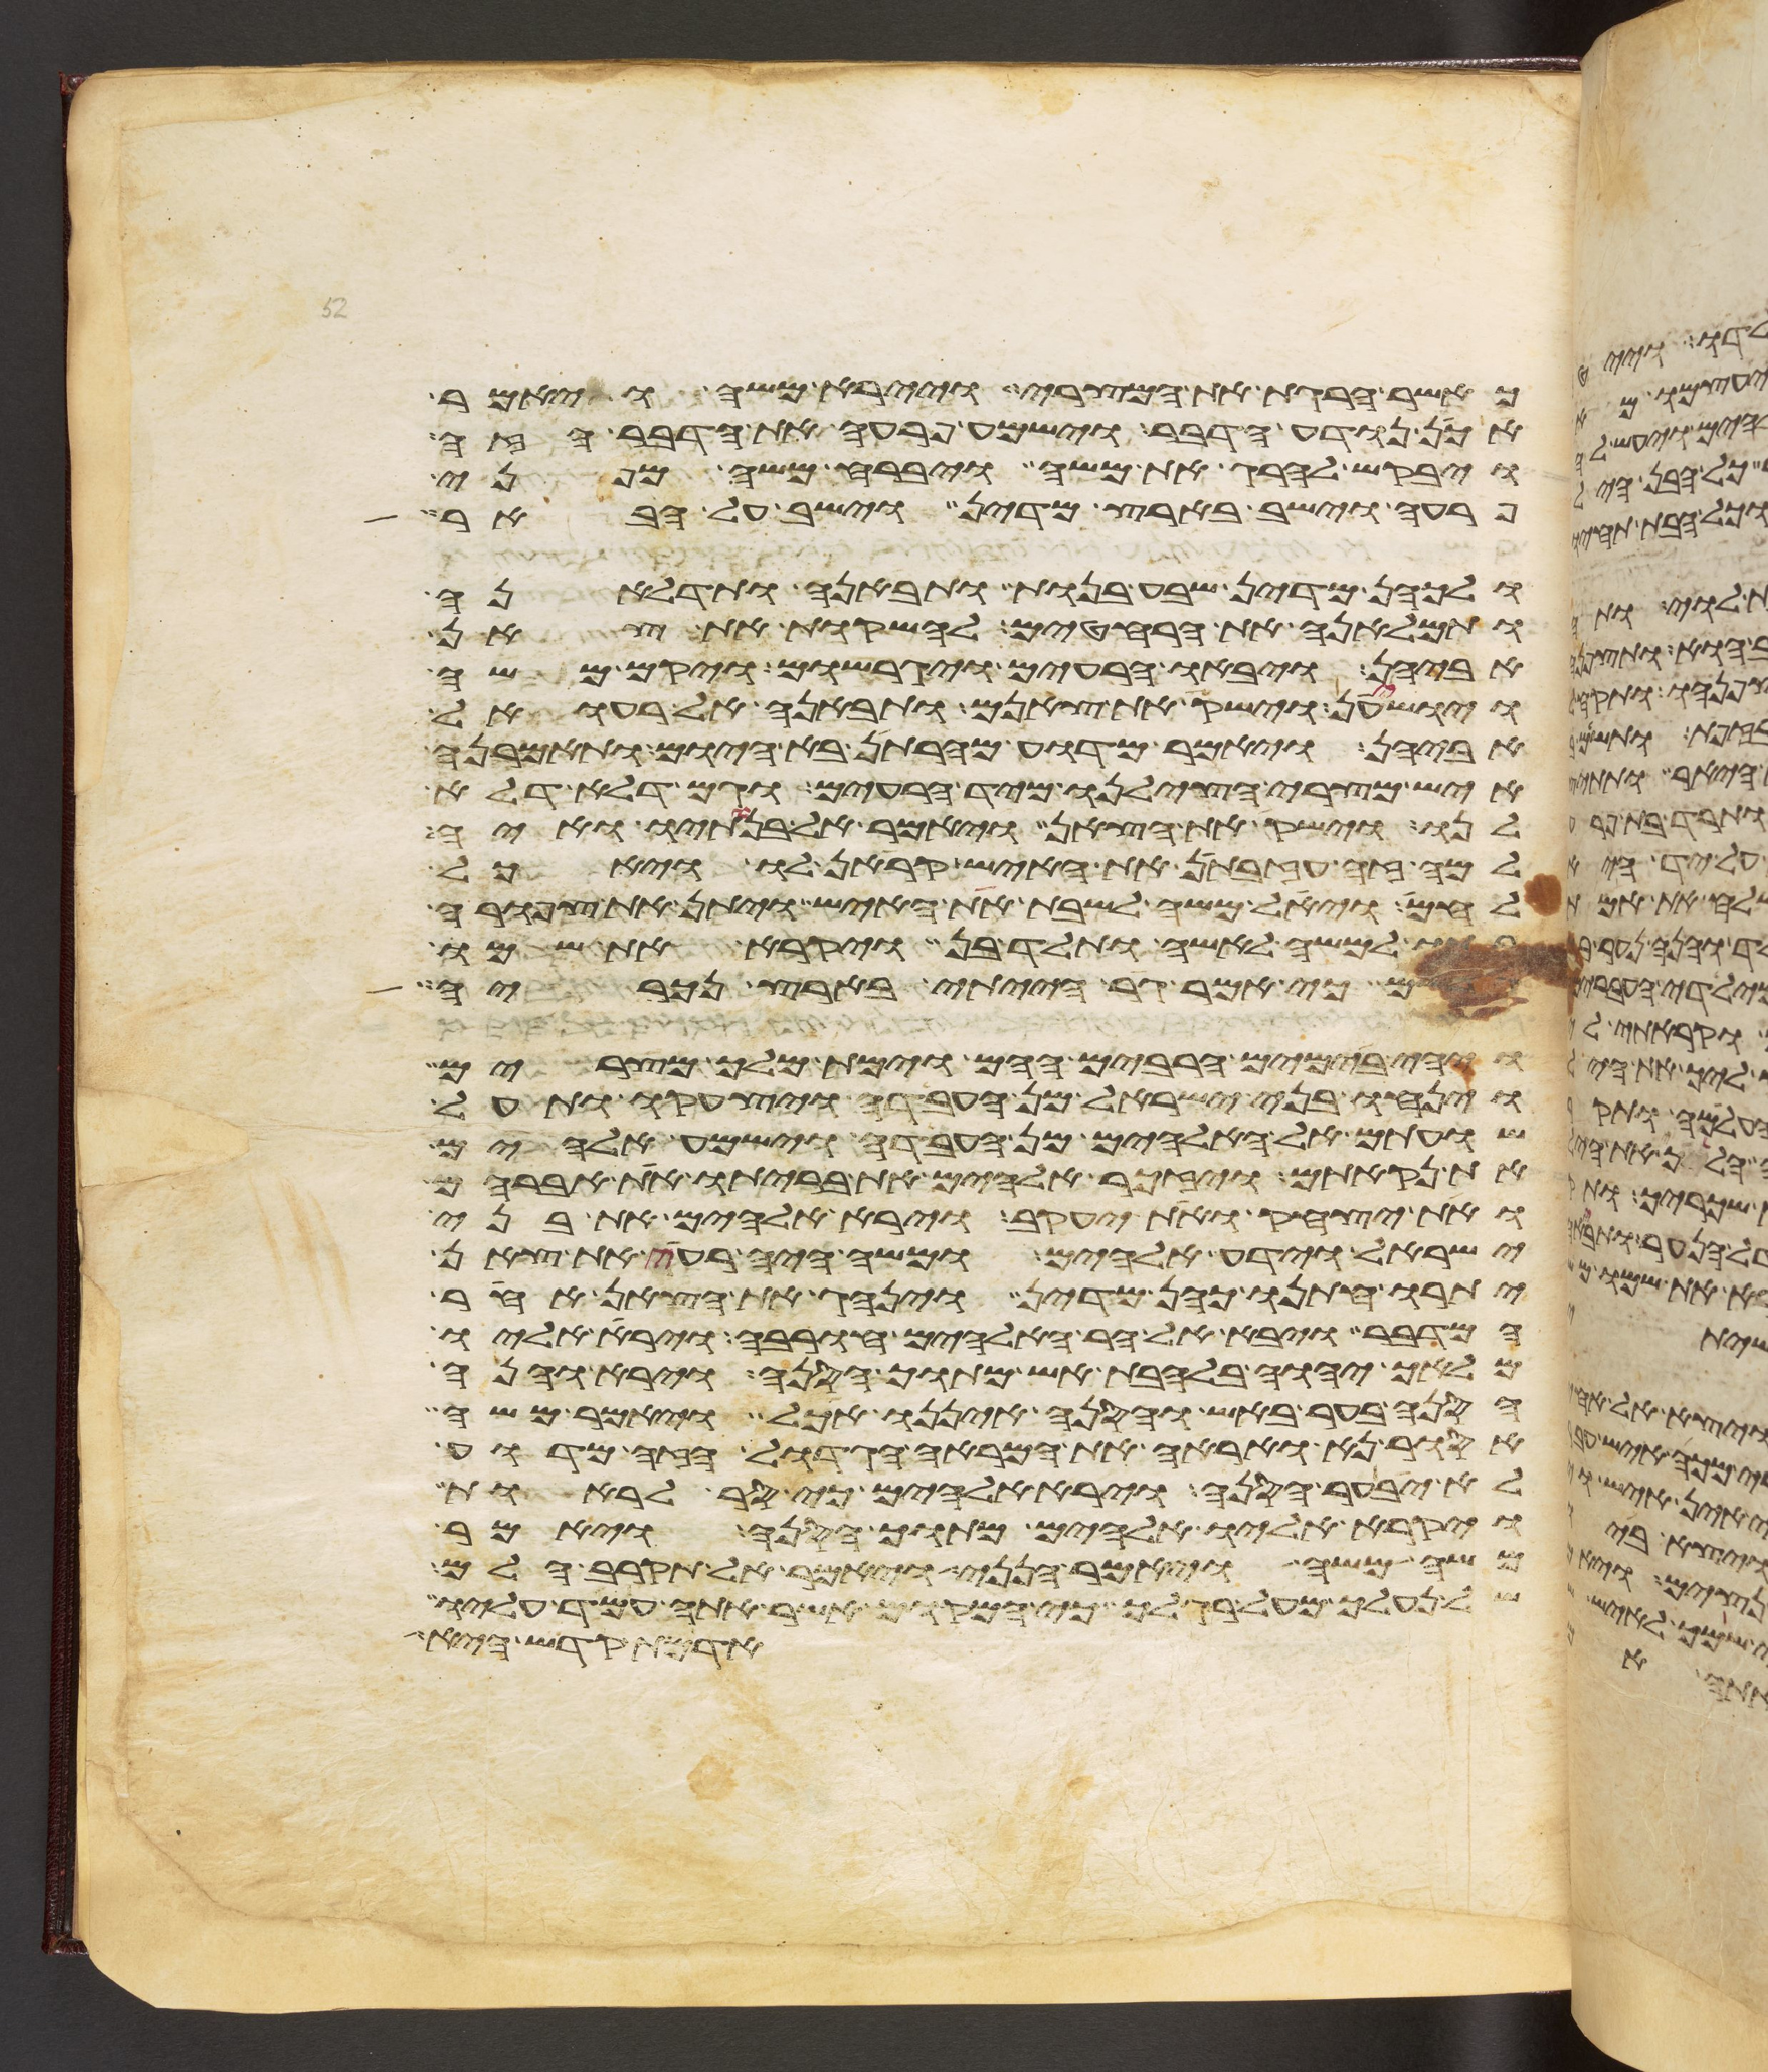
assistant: כאשר הרגת את המצרי ויירא משה ויאמר
אכן נודע הדבר וישמע פרעה את הדבר הזה
ויבקש להרג את משה ויברח משה מפני
פרעה וישב בארץ מדין וישב על הבאר
ולכהן מדין שבע בנות ותבאנה ותדלאנה
ותמלאנה את הרחטים להשקות את צאן
אביהן ויבאו הרעים ויגרשום ויקם משה
ויושיענה וישק את צאנם ותבאנה אל רעואל
אביהן ויאמר מדוע מהרתן בא היום ותאמרנה
איש מצרי הצילנו מיד הרעים וגם דלא דלא
לנו וישק את הצאן ויאמר אל בנתיו ואיה
למה זה עזבתן את האיש קראן לו ויאכל
לחם ויאל משה לשבת את האיש ויתן את צפורה
בתו למשה לאשה ותלד בן ויקרא את שמו
גרשם כי אמר גר הייתי בארץ נכריה
ויהי בימים הרבים ההם וימת מלך מצרים
וינחו בני ישראל מן העבדה ויצעקו ותעל
שועתם אל האלהים מן העבדה וישמע אלהים
את נקאתם ויזכר אלהים את בריתו את אברהם
ואת יצחק ואת יעקב וירא אלהים את בני
ישראל וידע אלהים ומשה היה רעה את צאן
יתרו חתנו כהן מדין וינהג את הצאן אחר
המדבר ויבא אל הר האלהים חורבה וירא אליו
מלאך יהוה בלהבת אש מתוך הסנה וירא והנה
הסנה בער באש והסנה איננו אכל ויאמר משה
אסור נא ואראה את המראה הגדול הזה מדוע
לא יבער הסנה וירא אלהים כי סר לראות
ויקרא אליו אלהים מתוך הסנה ויאמר
משה משה ויאמר הנני ויאמר אל תקרב הלם
של נעליך מעל רגליך כי המקום אשר אתה עמד עליו
אדמת קדש היא